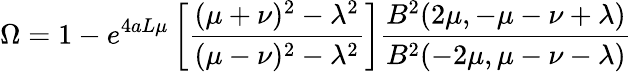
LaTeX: \Omega=1-e^{4aL\mu}\left[\frac{(\mu+\nu)^{2}-\lambda^{2}}{(\mu-\nu)^{2}-\lambda^{2}}\right]\frac{B^{2}(2\mu,-\mu-\nu+\lambda)}{B^{2}(-2\mu,\mu-\nu-\lambda)}